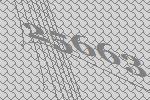
25663